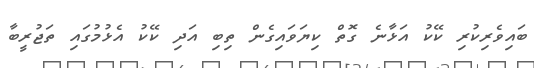
ބައިވެރިކުރި ކޭކު އަޅާނެ ގޮތް ކިޔަވައިގެން ތިބި އަދި ކޭކު އެޅުމުގައި ތަޖުރީބާ